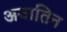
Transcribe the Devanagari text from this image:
अवातिन